Bréfritari: Benedikt Hálfdanarson
Dagsetning: A-1907-10-16
Skrifað á: Vesturheimi

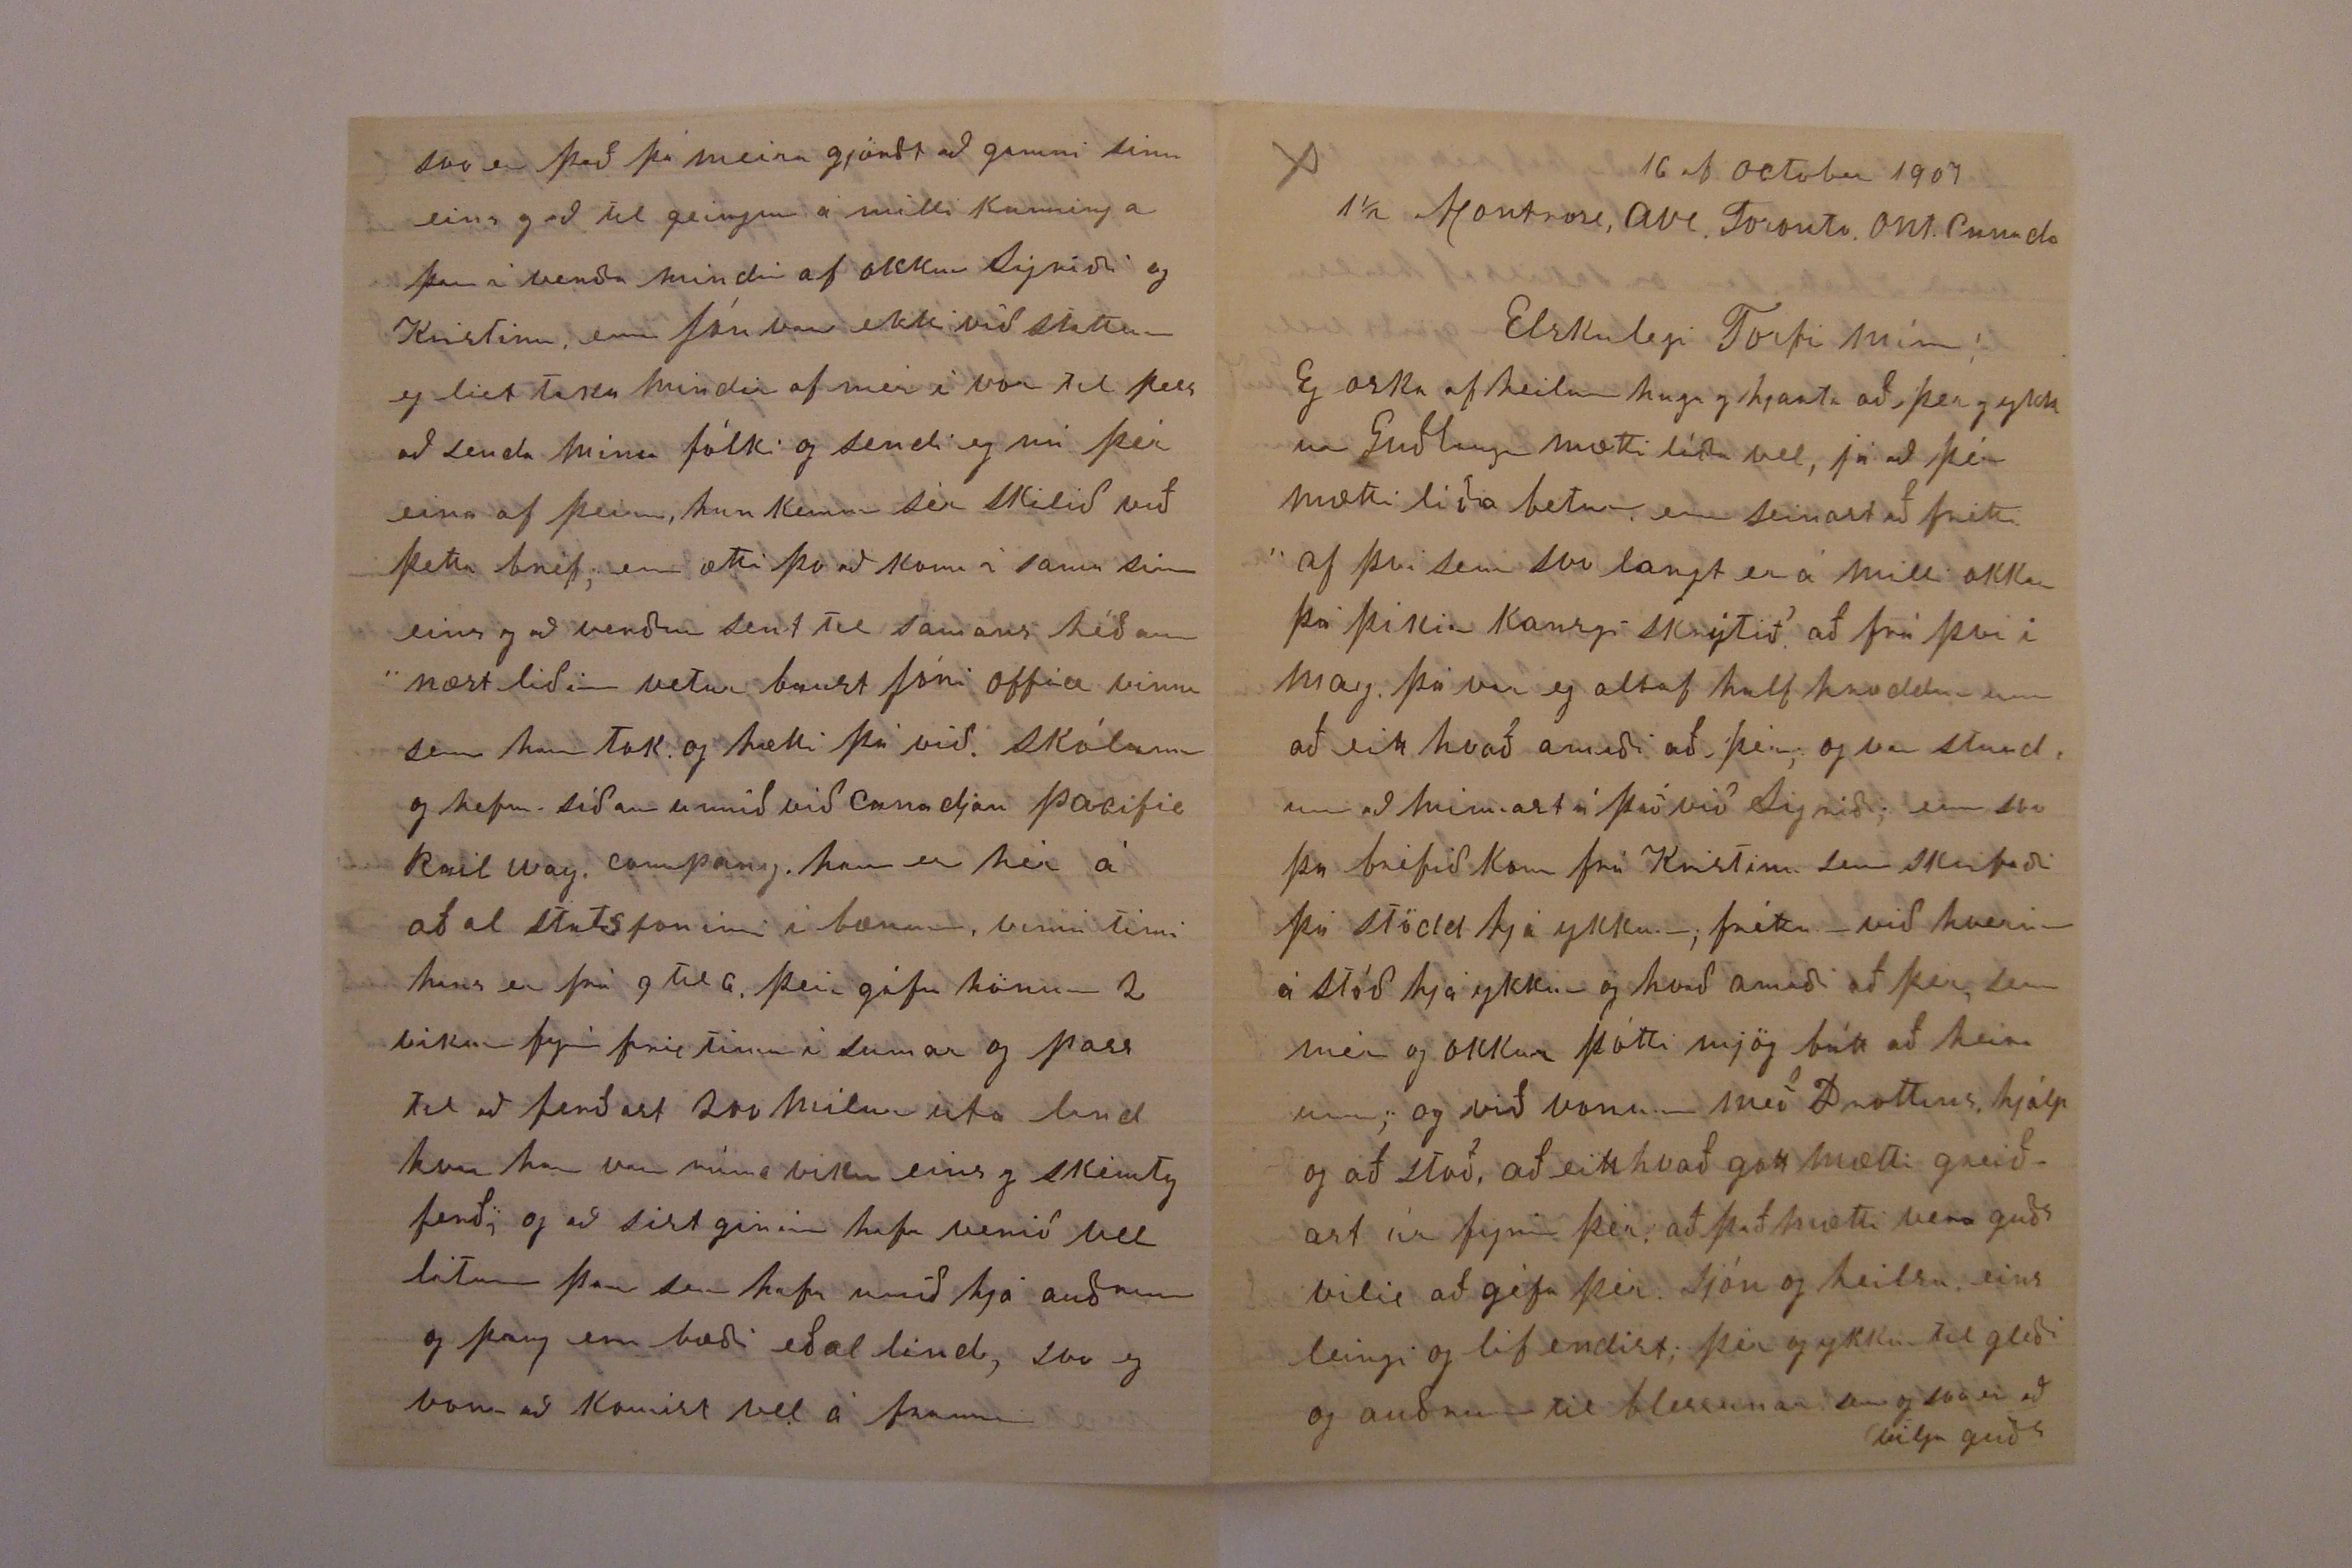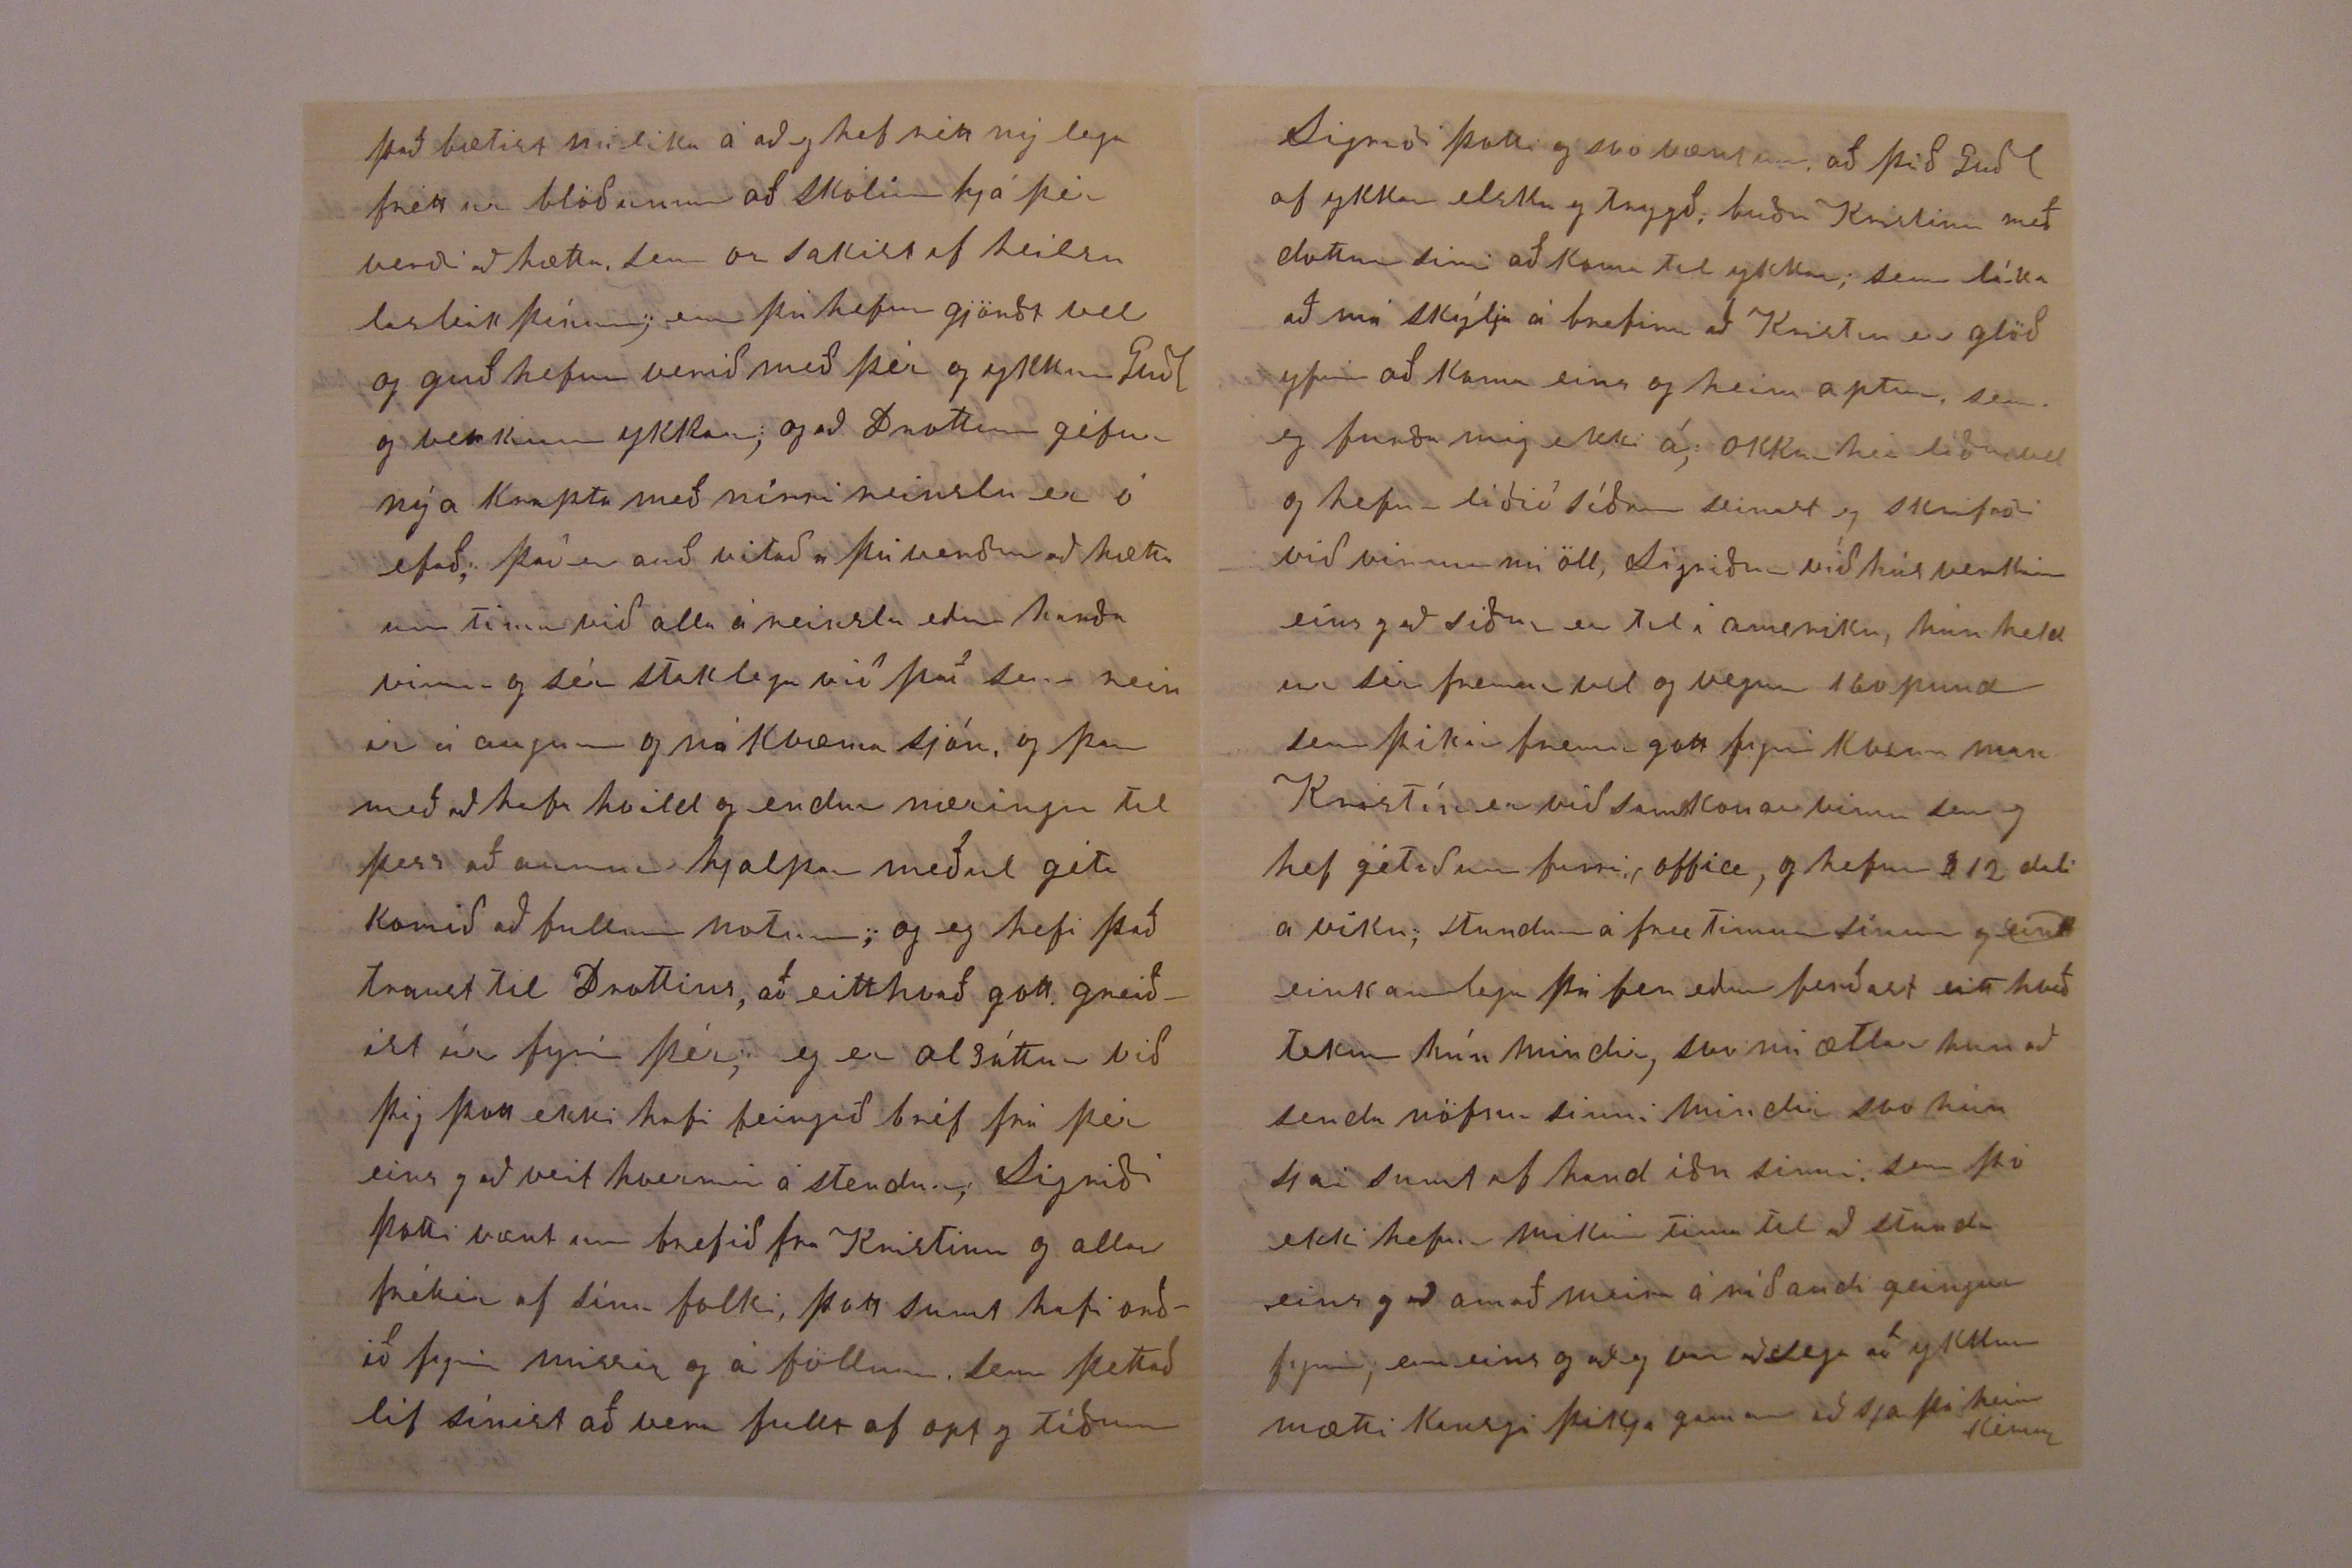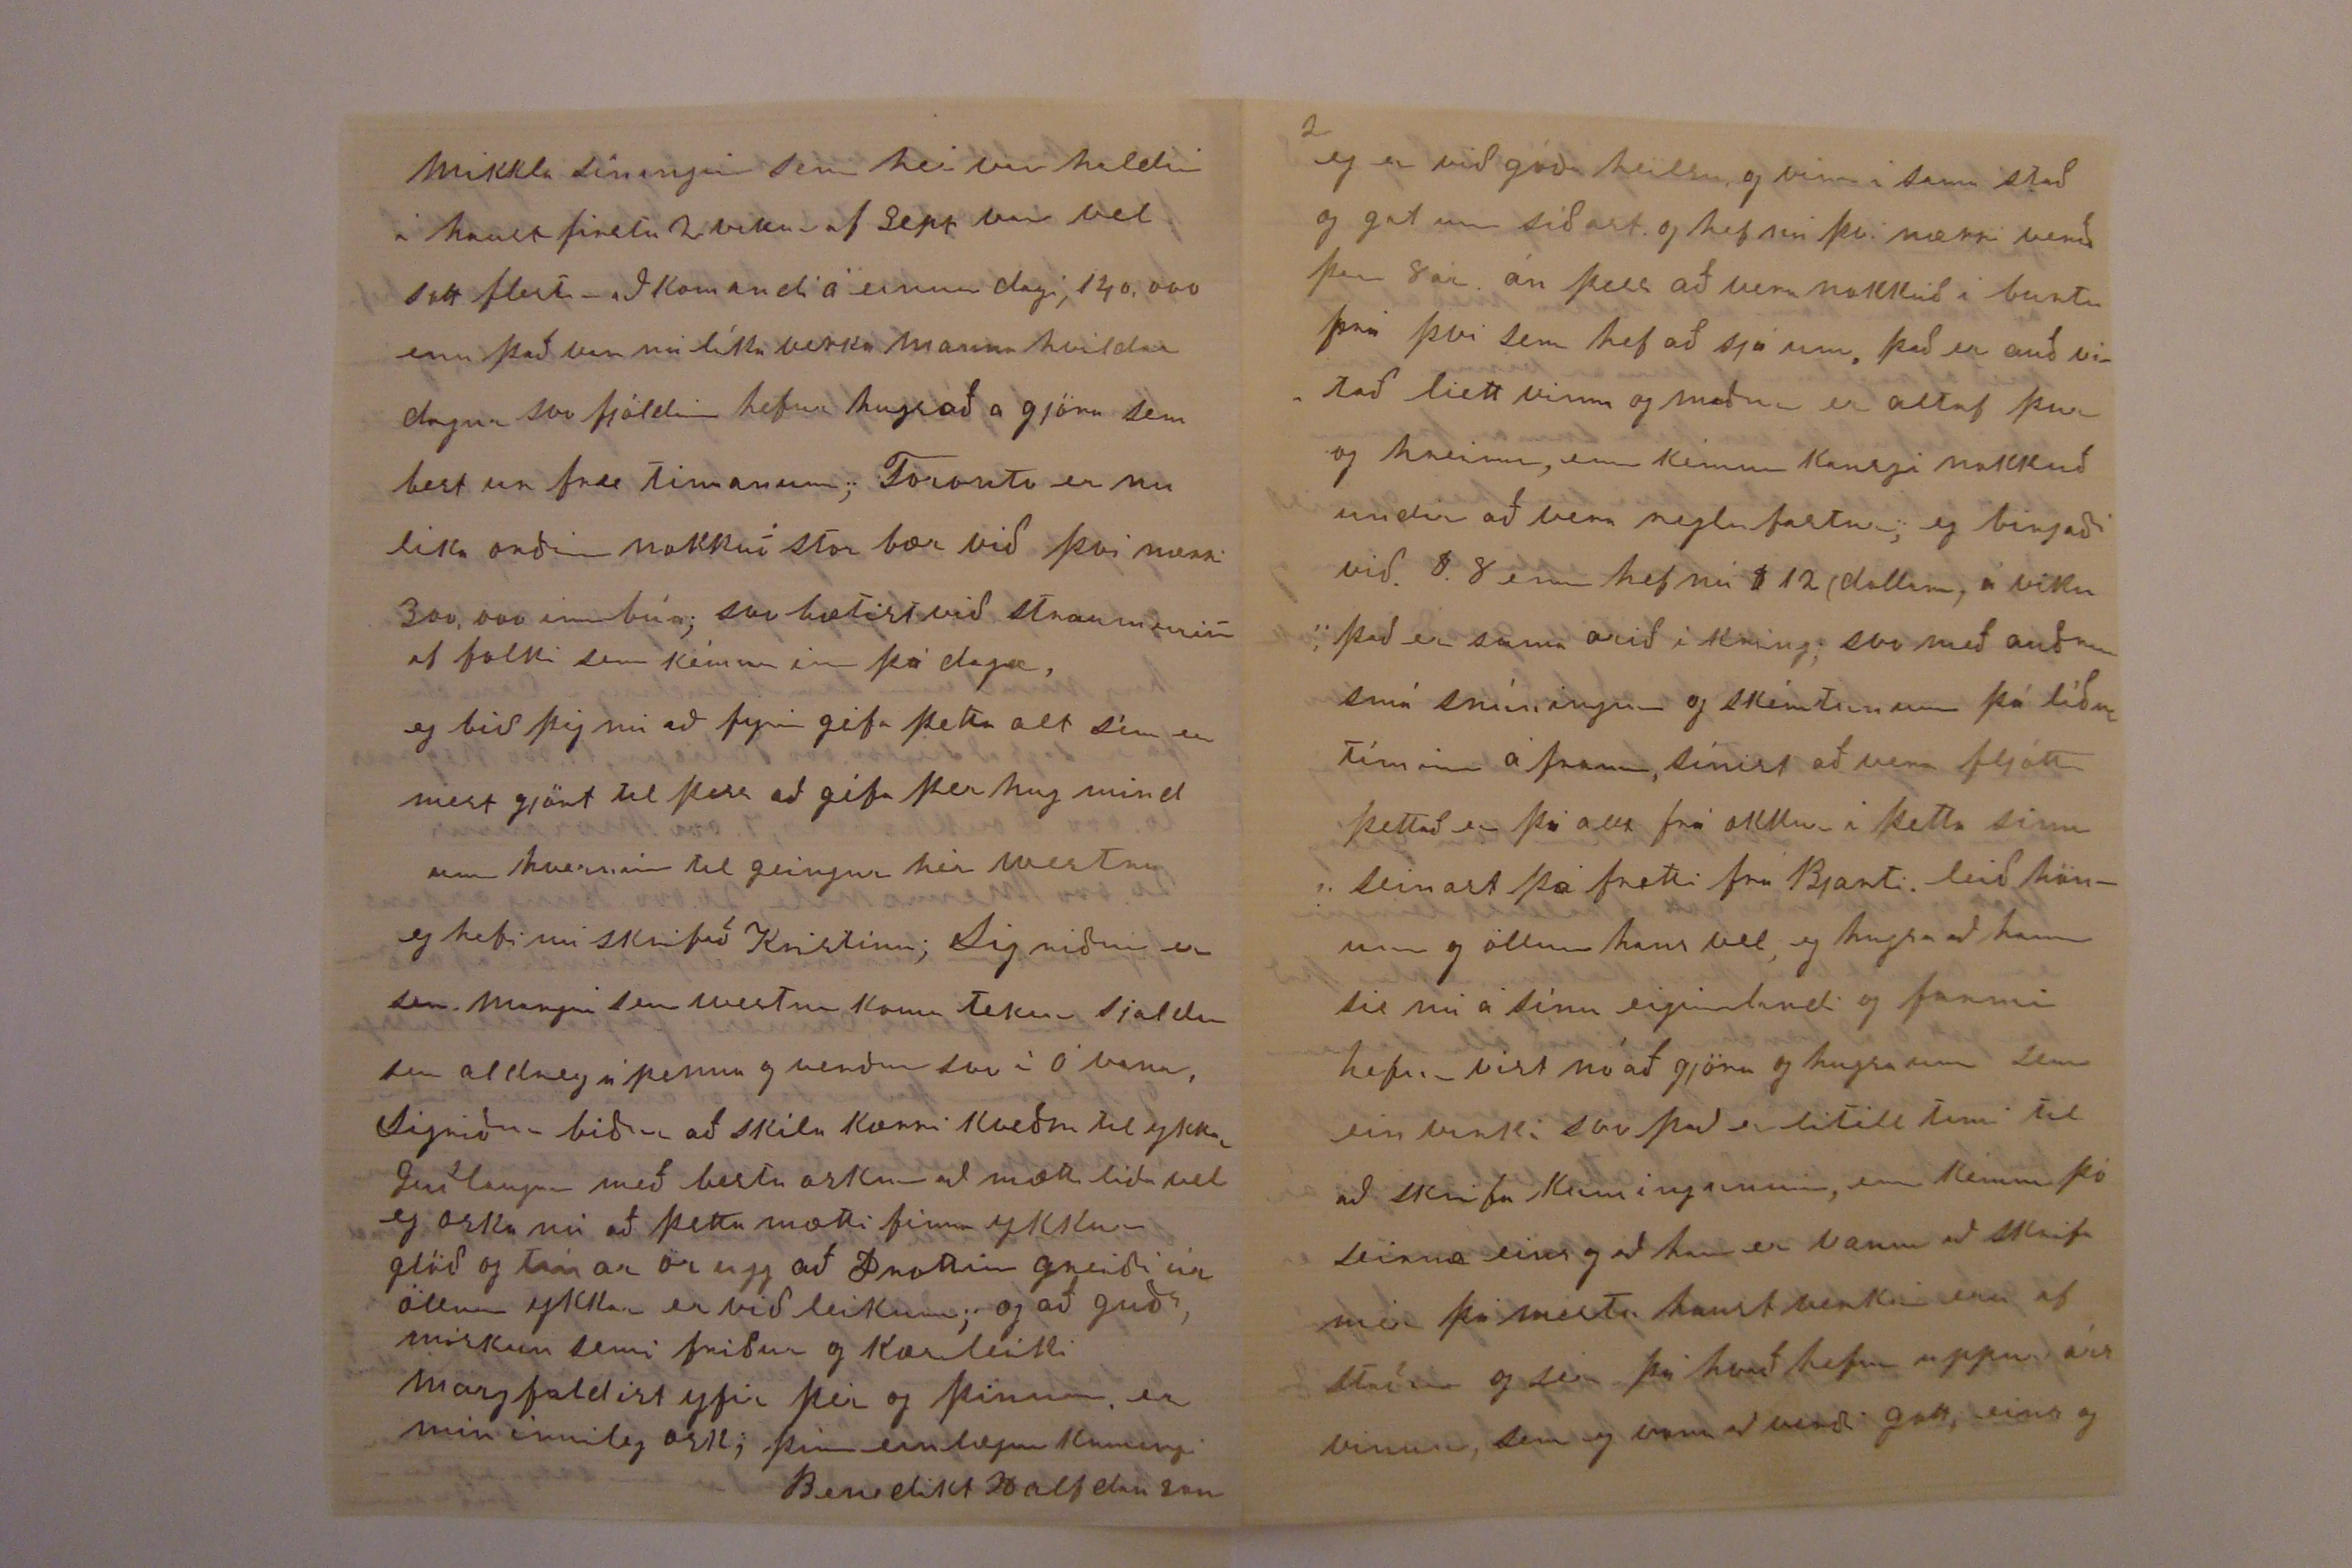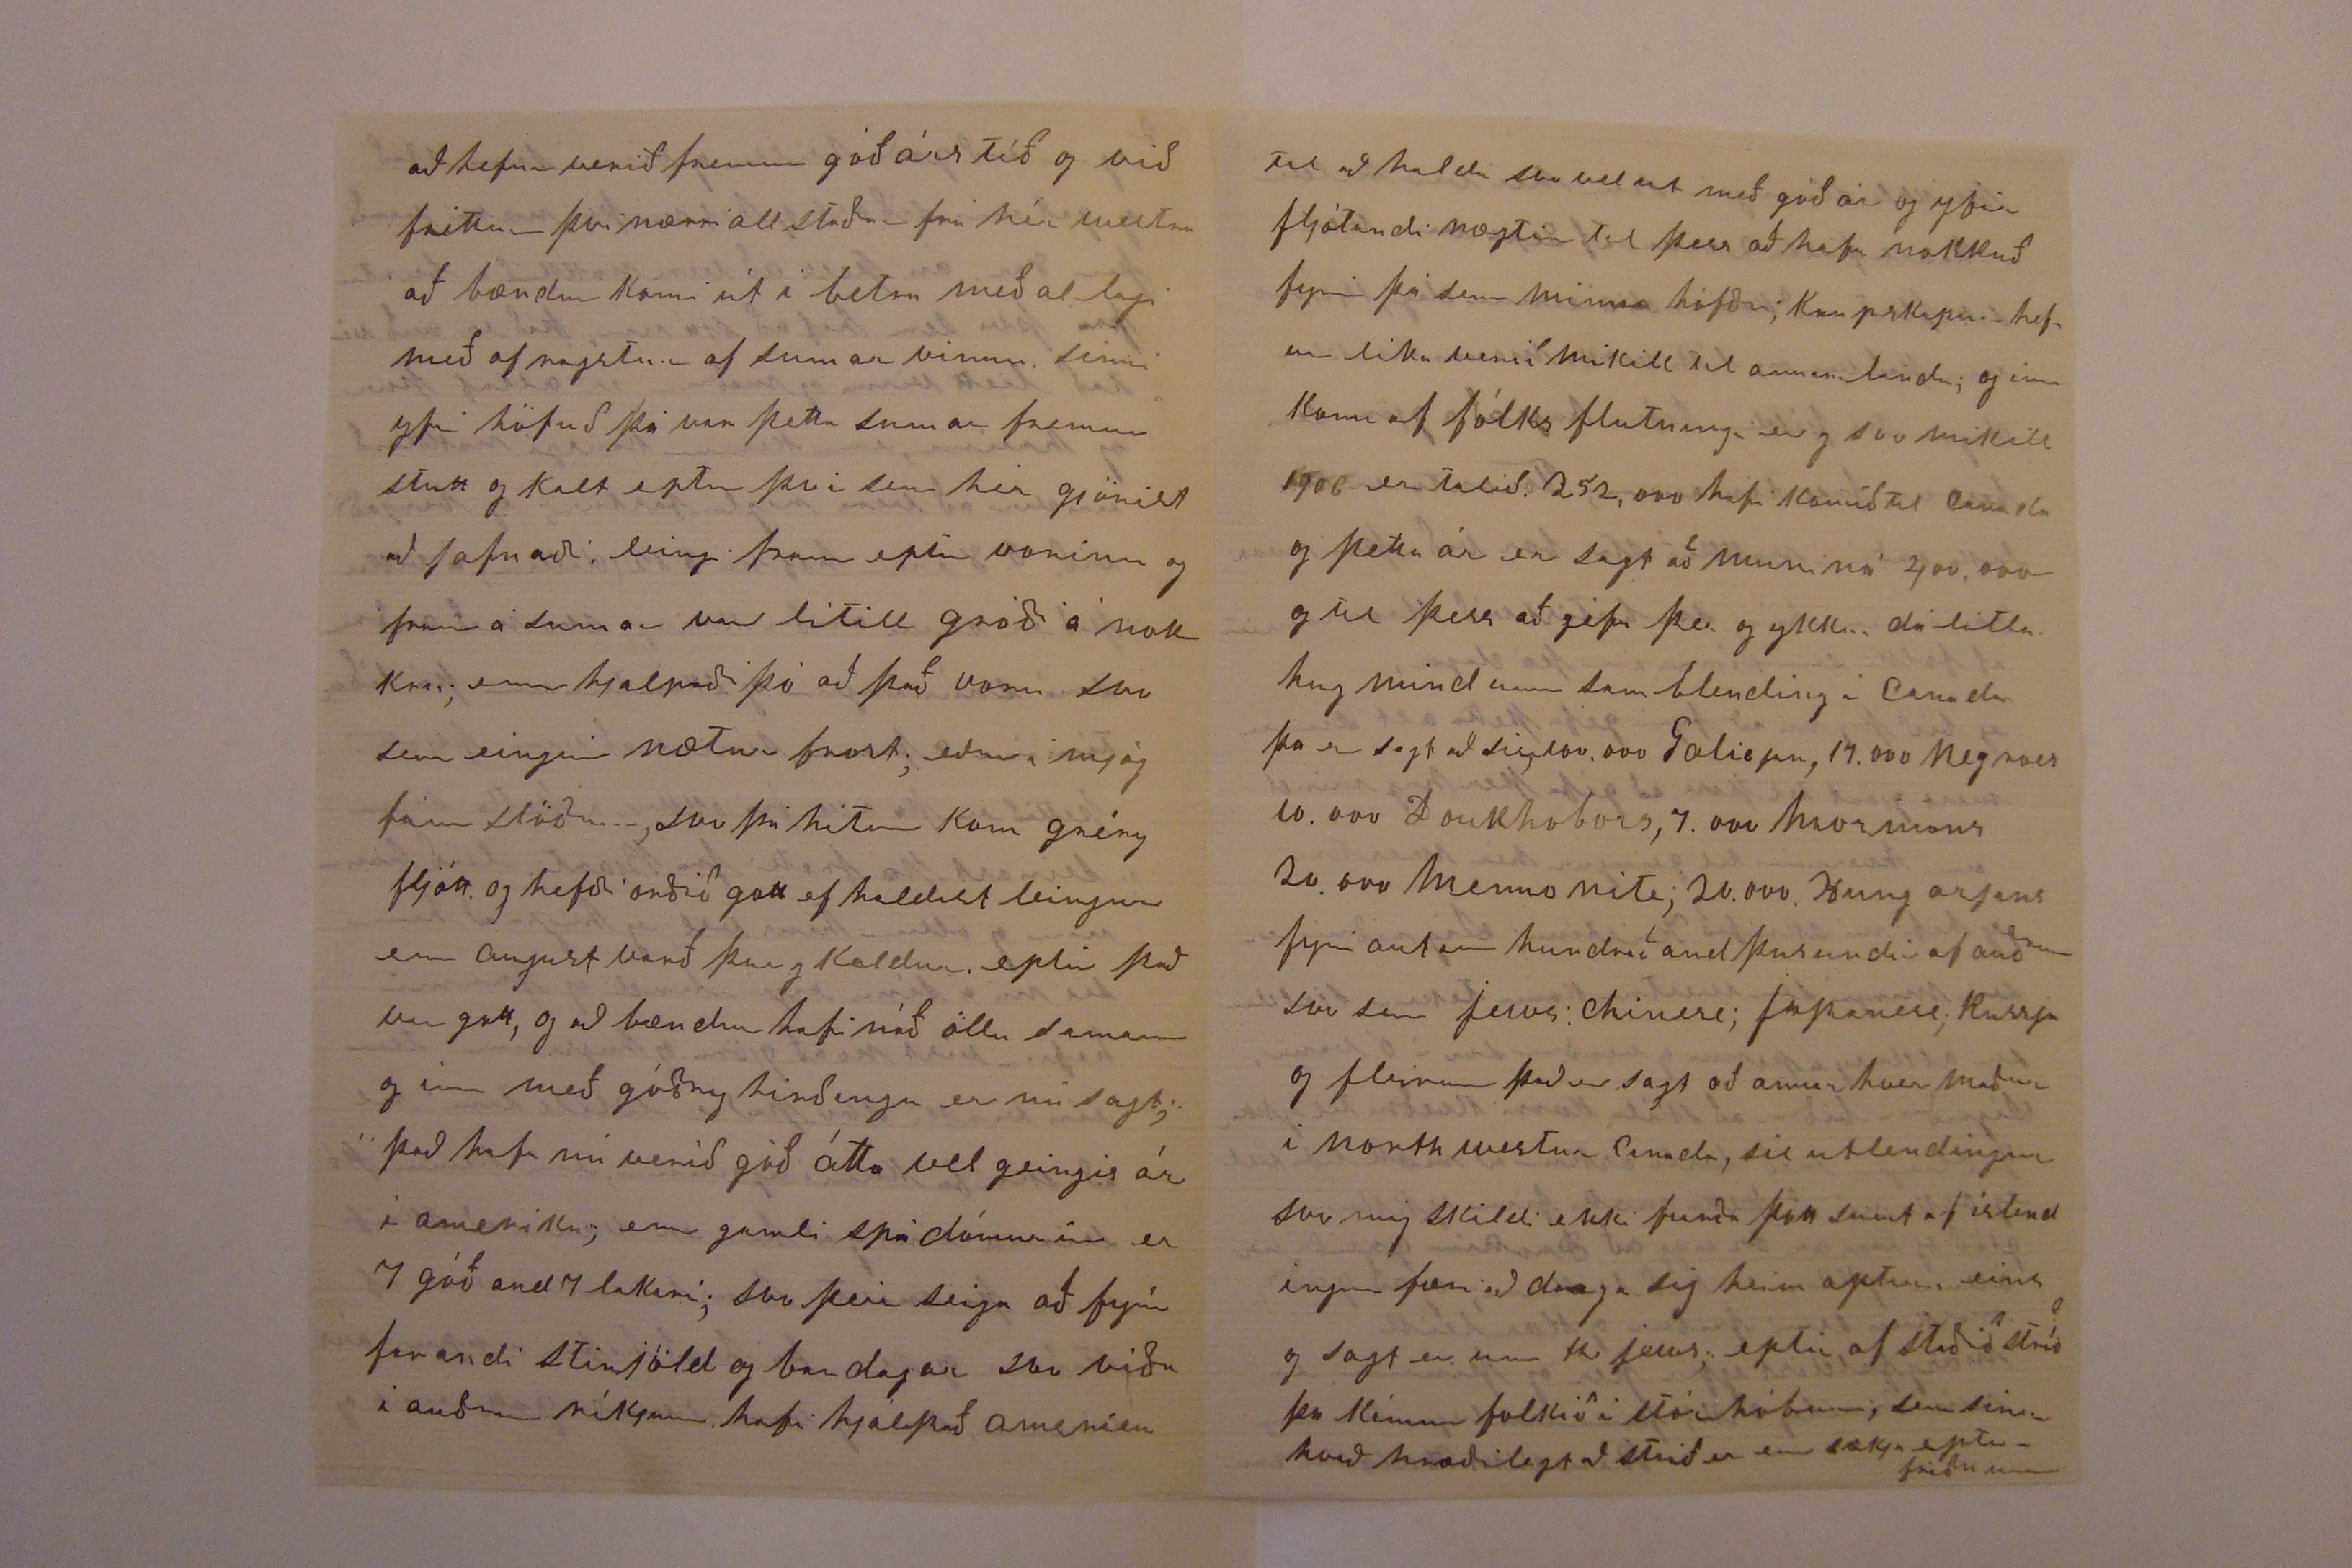

16 of October 1907
1 1/2 Montrose ave. Toronto Ont. Canada
Elskulegi Torfi minn!
Eg oska af heilum huga og hjarta að þer og ykkur Guðlaugu mætti líða vel, já að þér mætti líða betur enn seinast að frétti af því sem svo langt er á milli okkar þá þikir kansgi skrýtið að frá því í may þá var eg altaf half hræddur um að eitthvað amaði að þér og var stundum að minnast á það við Sigríði, enn svo þa bréfið kom frá Kristinu sem skrifaði þá stödd hjá ykkur, fréttum við hvernig á stóð hjá ykkur og hvað amaði að þér sem mér og okkur þótti mjög bátt að heira um, og við vonum með Drottins hjálp og að stoð, að eitthvað gott mætti greiðast úr fyrir þér að það mætti vera guðs vilie að géfa þér sjón og heilsu, eins leingi og líf endist þér og ykkur til gleði og auðrum til blessunar sem og svo er að vilja guðs
það bætist nú líka á að eg hef rétt ný lega frétt ur blöðunum að skólinn hjá þér verði að hætta sem orsakist af heilsu lasleik þínum, enn þú hefur gjördt vel og guð hefur verið með þér og ykkur Guðl og verkum ykkar og að Drottinn géfur nýa krapta með nírri reinslu er ó efað, það er auðvitað þú sem verður að hætta um
tíma
við alla áreinslu eður hvaða vinnu og sér staklega við það sem reinir á augun og nákvæma sjón og þar með að hafa hvíld og endur næringu til þess að aumir hjalpa meðul géta komið að fullum notum, og eg hefi það traust til Drottins, að eitthvað gott greiðist úr fyrir þér, eg er alsáttur við þig þott ekki hafi feingið bréf frá þér eins og að veit hvernin á stendur, Sigríði þotti vænt um brefið frá Kristinu og allar fréttir af sínu folki, þott sumt hafi orðið fyrir missir og á föllum sem þettað líf sínist að vera fullt af opt og tíðum
Sigríði þotti og svo vænt um að þið Guðl af ykkar elsku og trygð buðu Kristínu með dottur sinni að koma til ykkar, sem líka að má skylja á brefinu að Kristin er glöð yfir að koma eins og heim aptur, sem eg furða mig ekki á, okkur hér líður vel og hefur liðið síðan seinast eg skrifaði við vinnum nú öll, Sigríður við húsverkin eins og að siður er til í ameríku, hún heldur sér fremur vel og
skopunar
sem þikir fremur gott fyrir kvennmann Kristín er við samskonar vinnu sem eg hef gétið um fyrri, office, og hefur $12 dali a viku, stundum á free tímum sínum, og
seint
einkanlega þa fer eður ferðast eitthvað tekur hún mindir, svo nú ætlar hun að senda nöfnu sinni mindir svo hún sjai sumt af hand iðu sinni, sem þó ekki hefur mikinn tíma til að stunda eins og að annað meira á ríðandi geingur fyrir, enn eins og að eg var að seiga að ykkur mætti kansgi þikja gaman að sja þá
hún
kemur
svo er það þá meira gjördt að gamni sínu eins og að til geingur á milli kunninga þar á verða mindir af okkur Sigríði og Kristínu, enn Jón var ekki við stattur og eg liet taka mindir af mér í vor til þess að senda mínu fólki og sendi eg nú þér eina af þeim, hun kemur sér skilið við þetta bréf, enn ætti þo að koma í sama sinn eins og að verður seint til samans héðan næst liðinn vetur baust Jóni office vinna sem hann tok og hætti þá við skólann og hefur síðan unnið við Canadjan Pacific Railway Company hann er hér á aðal statsjonini í bænum, vinnu tími hans er frá 9 til 6 þeir gáfu hönum 2 vikur fyrir
þrja tima
í sumar og pass til að að ferðast 200 mílur uta land kvar hann var rúma viku eins og skemty ferð, og að sistginin hafa verið vel látin þar sem hafa verið hjá auðrum og þaug eru bæði eðal lind, svo eg vona að komist vel á framm
eg er við góða heilsu og vinn í sama stað og gat um síðast og hef nú því nærri verið þar 8 ár án þess að vera nokkuð í burtu frá því sem hef að sjá um, það er auðvitað liett vinna og maður er altaf þur og hreinn, enn kemur kansgi nokkuð undir að vera reglufastur, eg birjaði við $8 enn hef nú $12 (dollara) á viku það er sama arið í kring; svo með auðrum smá snúningum og skémtunum þá líður tímin áframm, sínist að vera
fljótt
þettað er þá allt frá okkur í þetta sinn seinast þá fretti frá Bjarti leið hönum og öllum hans vel, eg hugsa að hann sie nú á sínu eiginlandi og
farmi
hefur víst nó að gjöra og hugsa um sem
einvirki
svo það er lítill timi til að skrifa kunningunum, enn kémur þó seinna eins og að han er vanur að skrifa mér þá mestu haust verkin eru af staðin og seiir þá hvað hefur uppur árs vinnu, sem eg vona að verði gott, eins og
að hefur verið fremur góð árs tíð og við fréttum því nærri allstaðar frá hér
westra
að bændur komi út í betra meðal lagi með afragstur af sumar vinnu sinni yfir höfuð þá var þetta sumar fremur stutt og kalt eptir því sem hér gjörist að jafnaði leingi fram eptir vorinu og fram á sumar var lítill gróði á nokkru; enn hjalpaði þó að það voru svo sem eingin nætur frost; eður á mjög fáum stöðum, svo þá hitin kom gréry fljótt og hefði orðið gott ef haldist leingur enn august varð þur og kaldur eptir það var gott, og að bændur hafi náð öllu saman og inn með góðry hirðingu er nú sagt; það hafa nú verið góð átta vel geingis ár í ameriku; enn gamli spádómurinn er 7 góð and 7 lakari; svo þeir seiga að fyrir farandi stirjöld og bardagar svo víða í auðrum ríkjum hafi hjálpað ameríku
til að halda svo vel ut með góða ár og yfir fljótandi nægtir til þess að hafa nokkuð fyrir þá sem minna höfðu; kaupskapur hefur líka verið mikill til annara landa; og inn
koma
af fólks flutningi er og svo mikill 1906 er talið 252,000 hafi komið til Canada og þetta ár er sagt að muni ná 400,000 og til þess að géfa þer og ykkur dálitla hugmind um samblending í Canada þa er sagt að sie 100.000
Galiejan
, 17.000 negroes 10.000 Doukhobors, 7.000 Mormons 20.000 Mennonite; 20.000 Hungarjans fyrir autan hundrað and þusundir af auðrum svo sem jews: chinese; japanese; Russja og fleirum það er sagt að annar hver maður í north westur Canada, sie utlendingur svo mig skildi ekki furða þott sumt af íslendingum færi að draga sig heim aptur, eins og sagt er um the jews; eptir af staðið stríð þa kémur folkið í stórhóbum; sem
sínir
hvað hræðilegt að stríð er enn sækja eptir friðinum
mikkla síningu sem hér var haldin í haust firstu 2 vikur af Sept var vel sott flestir að komandi á einum
dagi
, 140.000 enn það var nú líka verka manna hvíldar dagur svo fjöldinn hefur hugsað að gjöra sem best ur free tímanum; Toronto er nu líka orðin nokkuð stor bær við því nærri 300.000 innbúa; svo bætist við straumurin af folki sem kémur inn þá daga, eg bið þig nú að fyrir géfa þetta alt sem er mest gjört til þess að géfa þer hugmind um hvernin til geingur hér westur eg hefi nú skrifað Kristínu; Sigríður er sem margir sem westur koma tekur sjaldan sem aldrey á penna og verður svo í ó vana, Sigríður biður að skila kærri kveðiu til ykkar Guðlaugar með bestu oskum að mætti líða vel eg oska nú að þetta mætti finna ykkur glöð og 000ar örugg að Drottinn greiði úr öllum ykkar erviðleikum; og að guðs miskun semi friður og kærleiki margfaldist yfir þér og þínum er min innileg osk; þinn einlægur kunningi
Benedikt Halfdanson